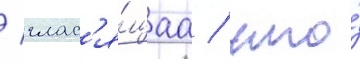
/ глас'я́щаа / что́